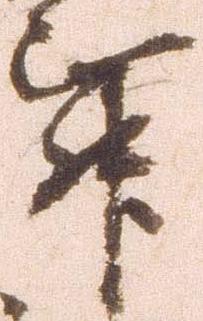
舞